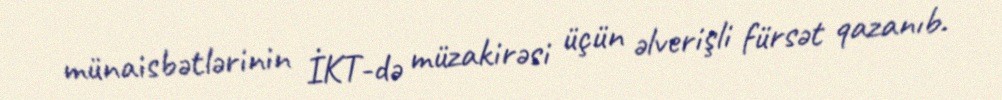
münaisbətlərinin İKT-də müzakirəsi üçün əlverişli fürsət qazanıb.